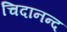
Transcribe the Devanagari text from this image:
चिदानन्‍द